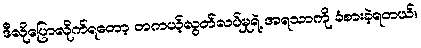
ဒီလိုပြောလိုက်ရတော့ တကယ့်လွတ်လပ်မှုရဲ့ အရသာကို ခံစားခဲ့ရတယ်။